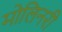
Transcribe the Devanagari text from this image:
मोलिनरी